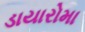
ડાયારોમા